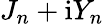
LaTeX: J_{n}+\mathrm{i}Y_{n}